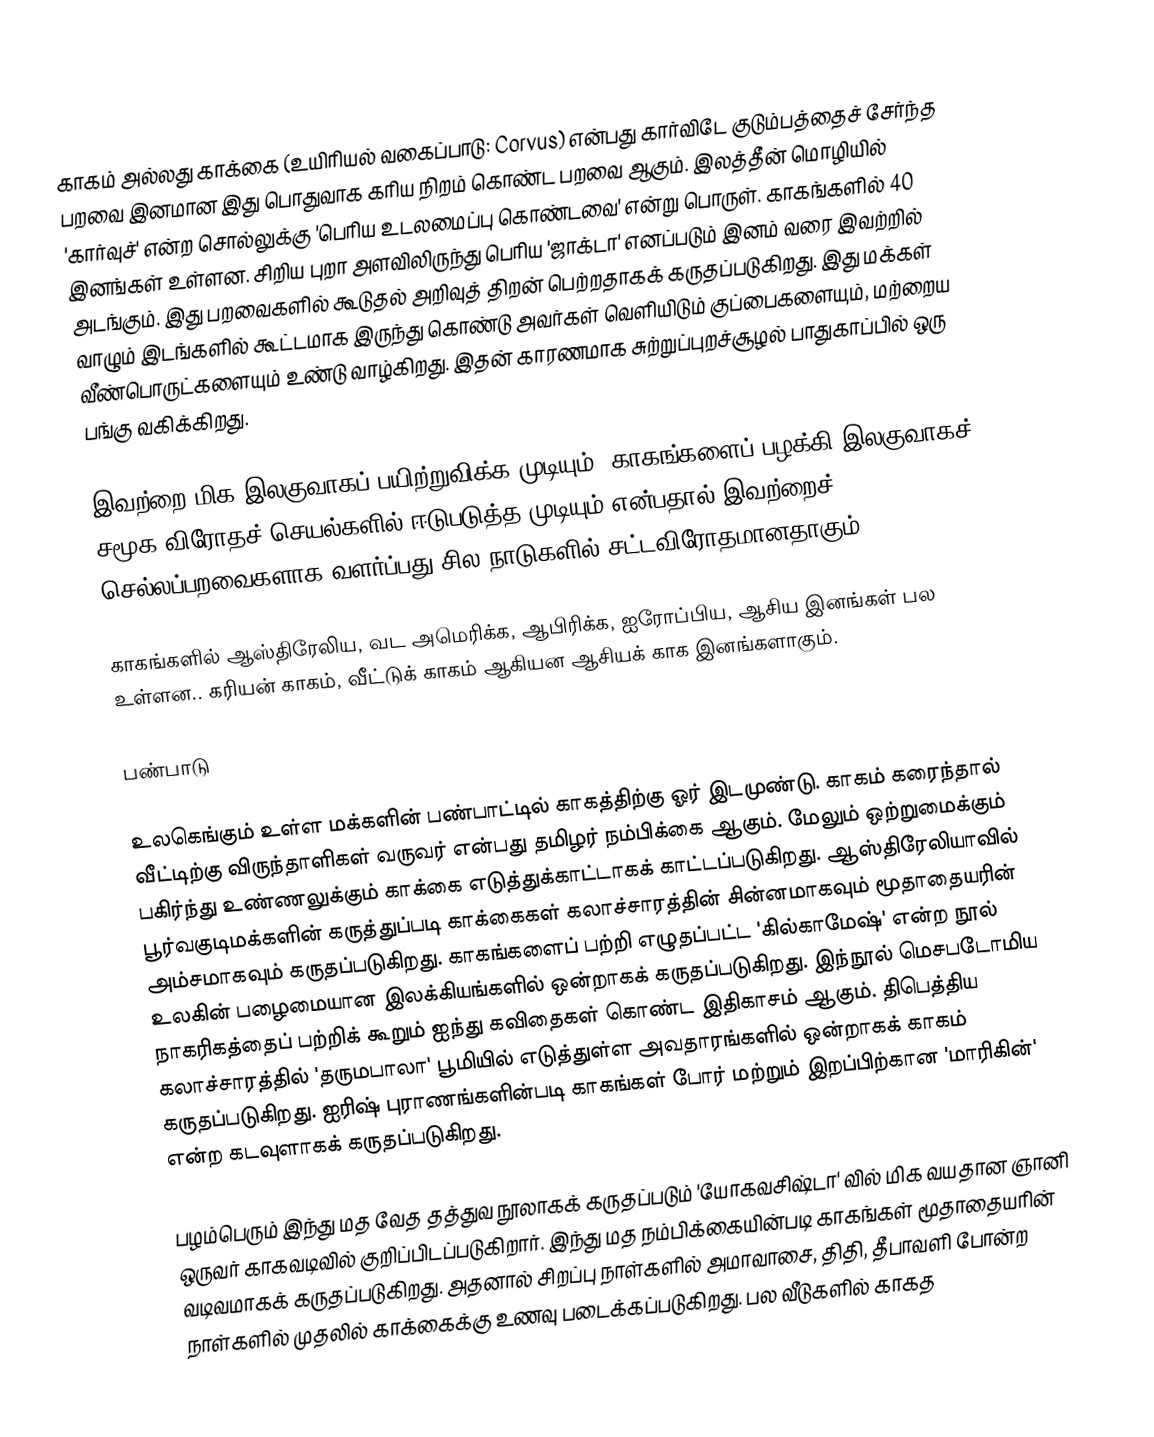
காகம் அல்லது காக்கை (உயிரியல் வகைப்பாடு: Corvus) என்பது கார்விடே குடும்பத்தைச் சேர்ந்த பறவை இனமான இது பொதுவாக கரிய நிறம் கொண்ட பறவை ஆகும். இலத்தீன் மொழியில் 'கார்வுச்' என்ற சொல்லுக்கு 'பெரிய உடலமைப்பு கொண்டவை' என்று பொருள். காகங்களில் 40 இனங்கள் உள்ளன. சிறிய புறா அளவிலிருந்து பெரிய 'ஜாக்டா' எனப்படும் இனம் வரை இவற்றில் அடங்கும்.  இது பறவைகளில் கூடுதல் அறிவுத் திறன் பெற்றதாகக் கருதப்படுகிறது. இது மக்கள் வாழும் இடங்களில் கூட்டமாக இருந்து கொண்டு அவர்கள் வெளியிடும் குப்பைகளையும், மற்றைய வீண்பொருட்களையும் உண்டு வாழ்கிறது. இதன் காரணமாக சுற்றுப்புறச்சூழல் பாதுகாப்பில் ஒரு பங்கு வகிக்கிறது.

இவற்றை மிக இலகுவாகப் பயிற்றுவிக்க முடியும். காகங்களைப் பழக்கி இலகுவாகச் சமூக விரோதச் செயல்களில் ஈடுபடுத்த முடியும் என்பதால் இவற்றைச் செல்லப்பறவைகளாக வளர்ப்பது சில நாடுகளில் சட்டவிரோதமானதாகும்.

காகங்களில் ஆஸ்திரேலிய, வட அமெரிக்க, ஆபிரிக்க, ஐரோப்பிய, ஆசிய இனங்கள் பல உள்ளன.. கரியன் காகம், வீட்டுக் காகம் ஆகியன ஆசியக் காக இனங்களாகும்.

பண்பாடு

உலகெங்கும் உள்ள மக்களின் பண்பாட்டில் காகத்திற்கு ஓர் இடமுண்டு. காகம் கரைந்தால் வீட்டிற்கு விருந்தாளிகள் வருவர் என்பது தமிழர் நம்பிக்கை ஆகும்.  மேலும் ஒற்றுமைக்கும் பகிர்ந்து உண்ணலுக்கும் காக்கை எடுத்துக்காட்டாகக் காட்டப்படுகிறது. ஆஸ்திரேலியாவில் பூர்வகுடிமக்களின் கருத்துப்படி காக்கைகள் கலாச்சாரத்தின் சின்னமாகவும் மூதாதையரின் அம்சமாகவும் கருதப்படுகிறது. காகங்களைப் பற்றி  எழுதப்பட்ட 'கில்காமேஷ்' என்ற நூல் உலகின் பழைமையான இலக்கியங்களில் ஒன்றாகக் கருதப்படுகிறது. இந்நூல் மெசபடோமிய நாகரிகத்தைப் பற்றிக் கூறும் ஐந்து கவிதைகள் கொண்ட இதிகாசம் ஆகும். திபெத்திய கலாச்சாரத்தில் 'தருமபாலா' பூமியில் எடுத்துள்ள அவதாரங்களில் ஒன்றாகக் காகம் கருதப்படுகிறது. ஐரிஷ் புராணங்களின்படி காகங்கள் போர் மற்றும் இறப்பிற்கான 'மாரிகின்' என்ற கடவுளாகக் கருதப்படுகிறது.

பழம்பெரும் இந்து மத வேத தத்துவ நூலாகக் கருதப்படும் 'யோகவசிஷ்டா' வில் மிக வயதான ஞானி ஒருவர் காகவடிவில் குறிப்பிடப்படுகிறார்.  இந்து மத நம்பிக்கையின்படி காகங்கள் மூதாதையரின் வடிவமாகக் கருதப்படுகிறது. அதனால் சிறப்பு நாள்களில் அமாவாசை, திதி, தீபாவளி போன்ற நாள்களில் முதலில் காக்கைக்கு உணவு படைக்கப்படுகிறது. பல வீடுகளில் காகத